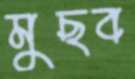
মুছব